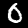
Digit: 0